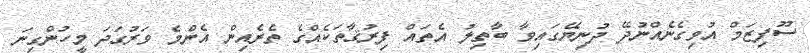
ސޫފިޒަމް އުވިގެނެއްނުދޭ ދުނިޔޭގައިވާ ބާތިލު އެތައް ފިރުޤާތަކެއްގެ ތެރެއިން އެންމެ ވަރުގަދަ މީހުންގިނަ